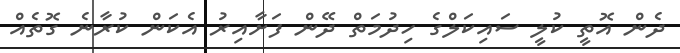
ދެން އޮތީ ކުލީ ސައިކަލްގެ ހިދުމަތް ދޭން ފަށާއިރު އެކަން ކުރާނެ ގޮތެއް